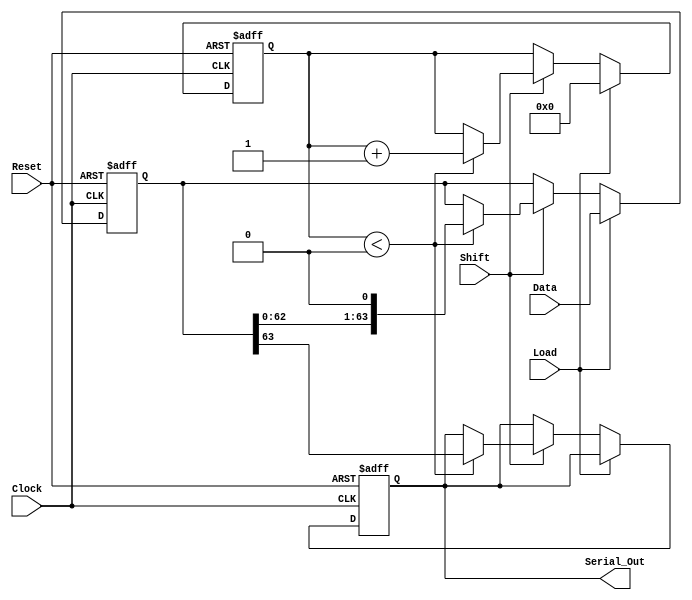
module piso_register (
    input wire [63:0] Data,      // Parallel input data
    input wire Load,             // Load control signal
    input wire Shift,            // Shift control signal
    input wire Clock,            // Clock signal
    input wire Reset,            // Asynchronous reset signal
    output reg Serial_Out        // Serial output
);

    reg [63:0] register;         // 64-bit shift register
    reg [5:0] count;             // 6-bit counter to track number of bits shifted out

    // Asynchronous reset
    always @(posedge Clock or posedge Reset) begin
        if (Reset) begin
            register <= 64'b0;   // Clear the register
            count <= 6'b0;       // Clear the counter
            Serial_Out <= 1'b0;  // Clear the serial output
        end else begin
            if (Load) begin
                register <= Data; // Load data into the register
                count <= 6'b0;    // Reset the counter
            end else if (Shift) begin
                if (count < 6'd64) begin
                    Serial_Out <= register[63]; // Output the MSB
                    register <= {register[62:0], 1'b0}; // Shift left
                    count <= count + 1'b1; // Increment the counter
                end
            end
        end
    end

endmodule